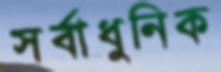
সর্বাধুনিক